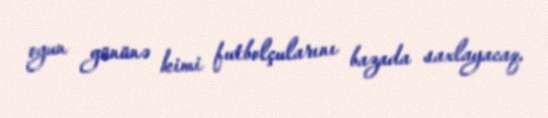
oyun gününə kimi futbolçularını bazada saxlayacaq.